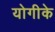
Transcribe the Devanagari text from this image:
योगीके